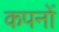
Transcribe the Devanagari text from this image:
कपनों